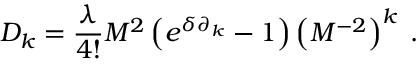
D _ { k } = \frac { \lambda } { 4 ! } M ^ { 2 } \left( e ^ { \delta \partial _ { k } } - 1 \right) \left( M ^ { - 2 } \right) ^ { k } \: .